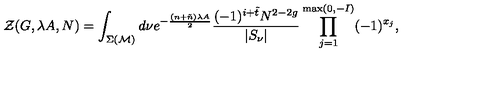
{ \cal Z } ( G , \lambda A , N ) = \int _ { \Sigma ( { \cal M } ) } d \nu e ^ { - \frac { ( n + \tilde { n } ) \lambda A } { 2 } } \frac { ( - 1 ) ^ { i + \tilde { t } } N ^ { 2 - 2 g } } { | S _ { \nu } | } \prod _ { j = 1 } ^ { \max ( 0 , - I ) } ( - 1 ) ^ { x _ { j } } ,